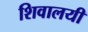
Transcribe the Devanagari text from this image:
शिवालयी